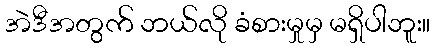
အဲဒီအတွက် ဘယ်လို ခံစားမှုမှ မရှိပါဘူး။